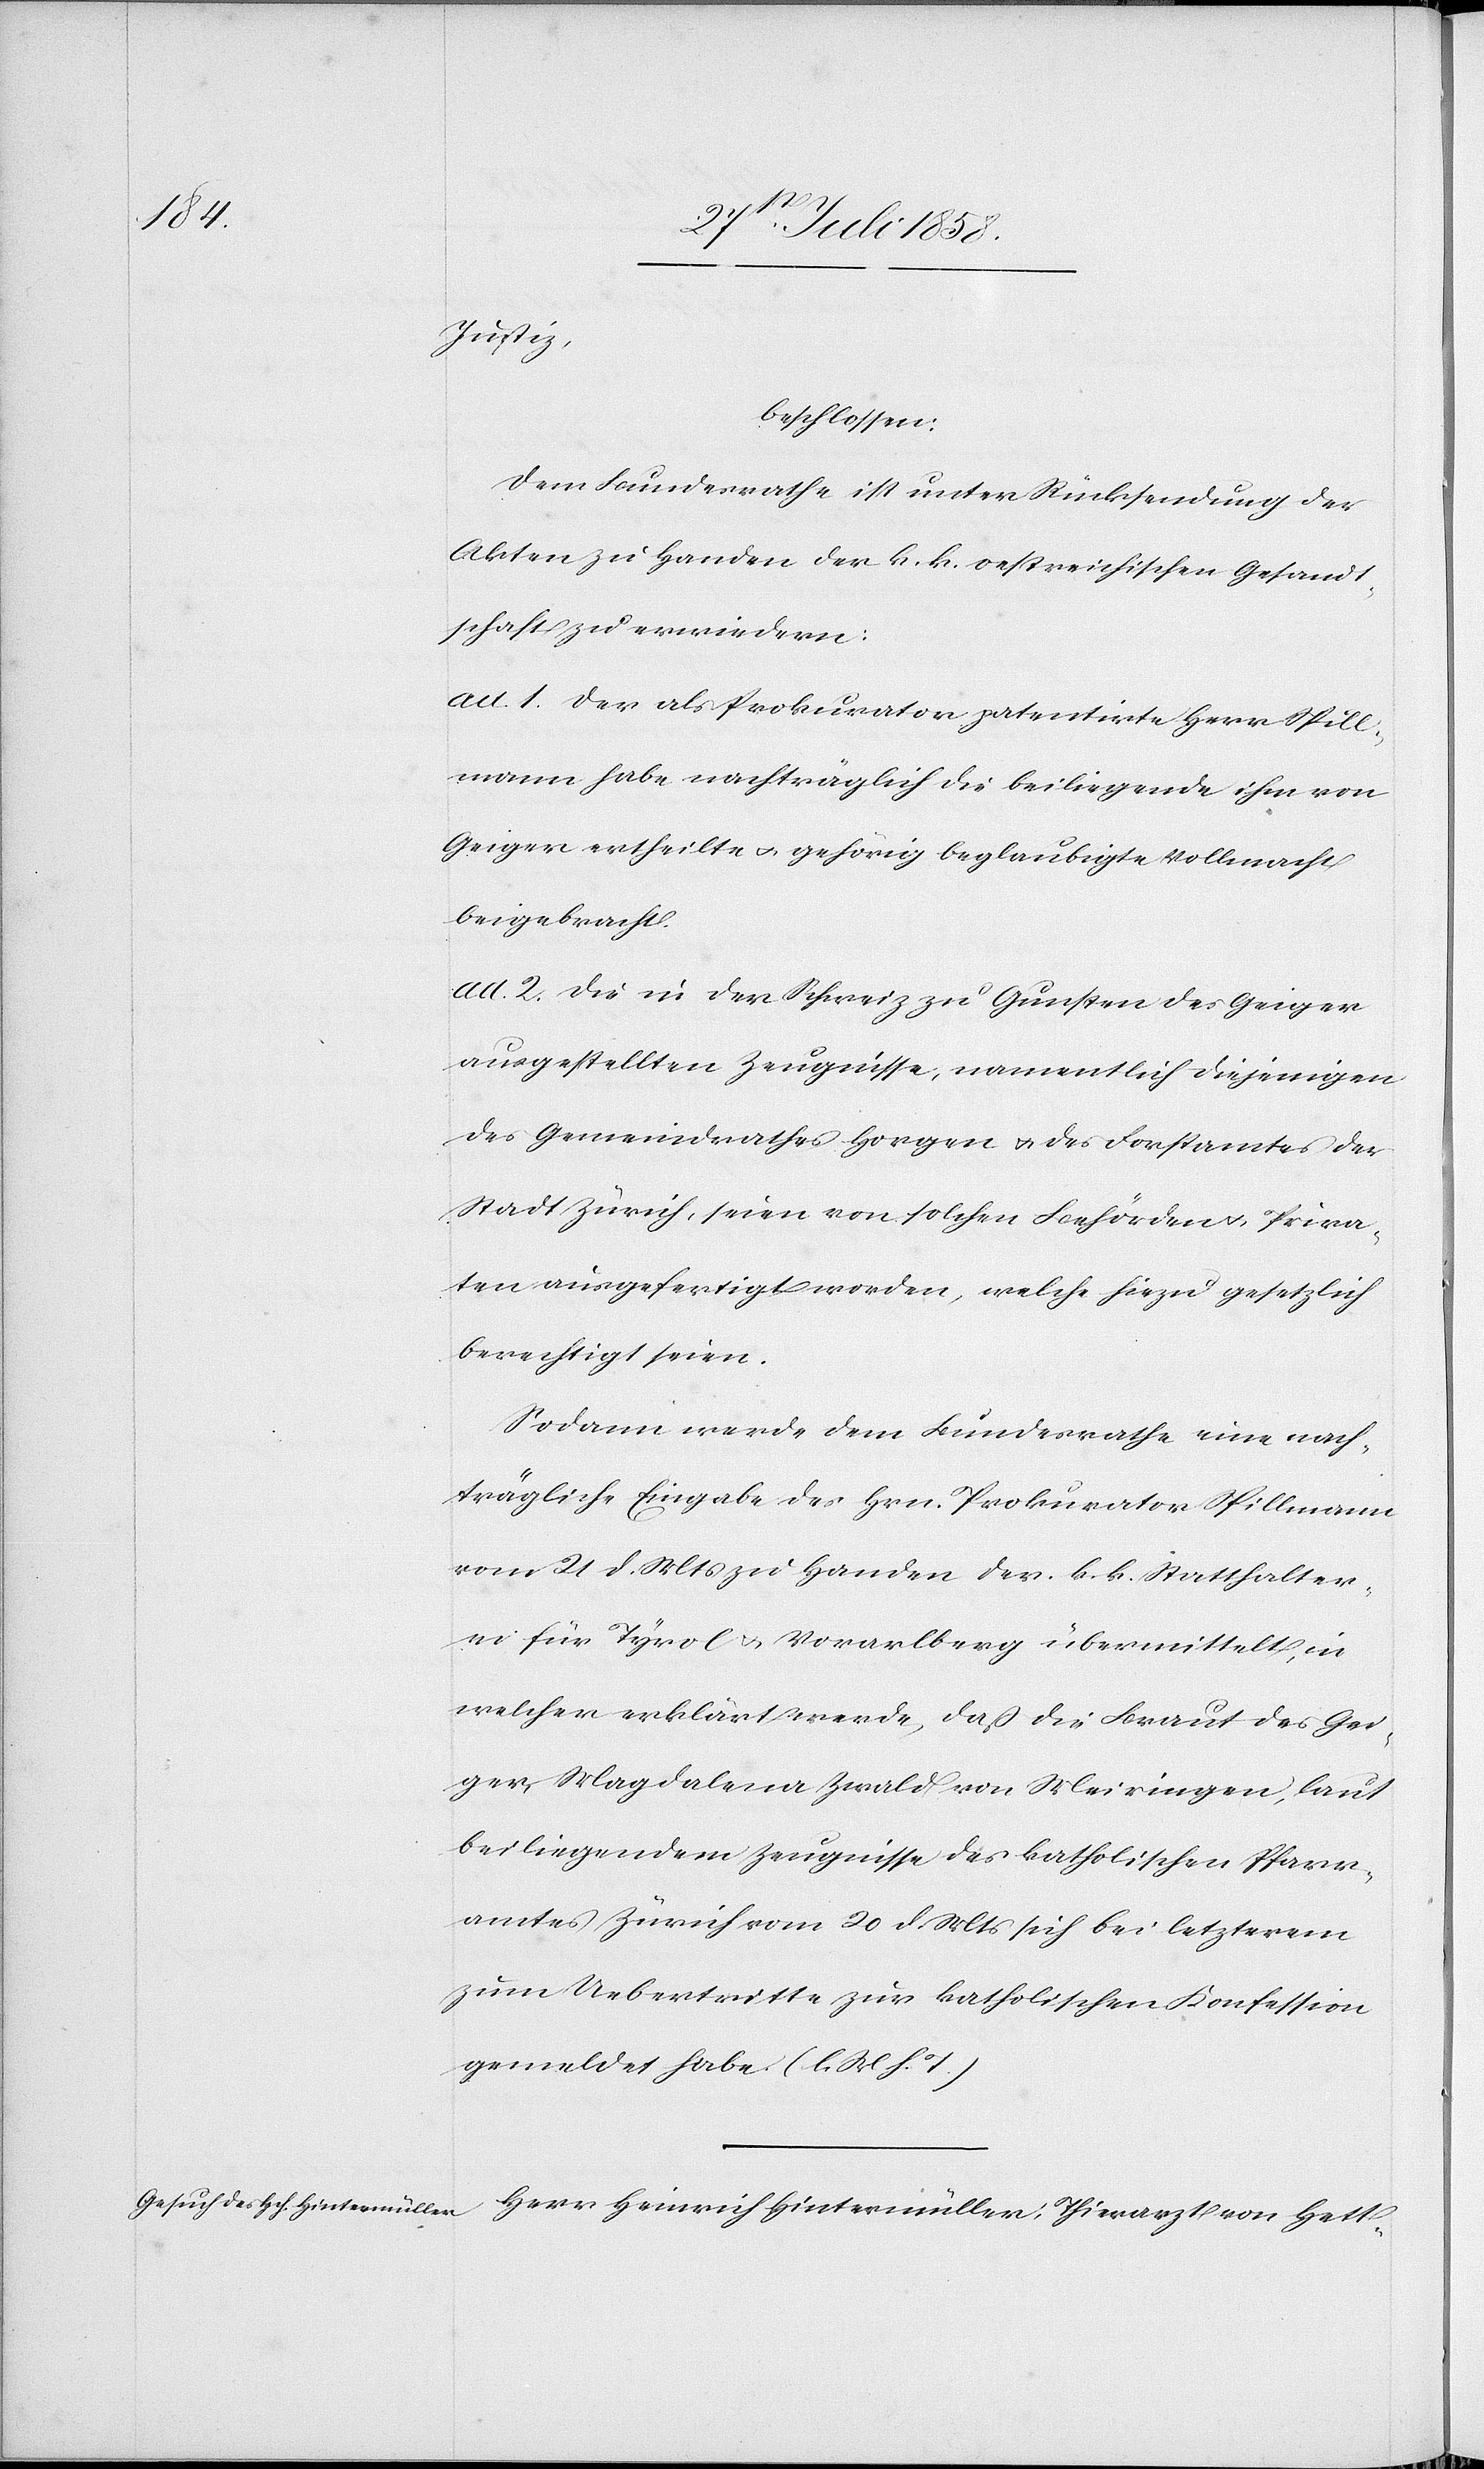
Justiz,
beschlossen:
Dem Bundesrathe ist unter Rücksendung der
Akten zu Handen der k. k. oestreichischen Gesandt¬
schaft zu erwiedern:
ad. 1. Der als Prokurator patentirte Herr Spill¬
mann habe nachträglich die beiliegende ihm von
Geiger ertheilte & gehörig beglaubigte Vollmacht
beigebracht.
ad. 2. Die in der Schweiz zu Gunsten des Geiger
ausgestellten Zeugnisse, namentlich diejenigen
des Gemeindrathes Horgen & des Forstamtes der
Stadt Zürich, seien von solchen Behörden & Priva¬
ten ausgefertigt worden, welche hiezu gesetzlich
berechtigt seien.
Sodann werde dem Bundesrathe eine nach¬
trägliche Eingabe des Hrn. Prokurator Spillmann
vom 21 d. Mts zu Handen der k. k. Statthalter¬
ei für Tyrol & Vorarlberg übermittelt, in
welcher erklärt werde, daß die Braut des Gei¬
ger, Magdalena Zwald von Meiringen, laut
beiliegendem Zeugnisse des katholischen Pfarr¬
amtes Zürich vom 20 d. Mts sich bei letzterem
zum Uebertritte zur katholischen Konfession
gemeldet habe. (l. M. h. T.)
Herr Heinrich Hintermüller, Thierarzt von Hett-